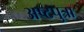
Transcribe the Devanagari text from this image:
अष्टपुत्रा